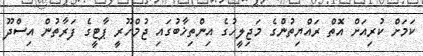
ކަމަށް ކުރިއަށް އޮތް ރައްޔިތުންގެ މަޖިލީހުގެ އިންތިޚާބުގައި ޖުމްހޫރީ ޕާޓީގެ ފަރާތުން އިސްދޫ